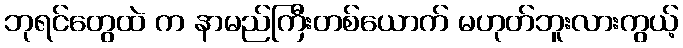
ဘုရင်တွေထဲ က နာမည်ကြီးတစ်ယောက် မဟုတ်ဘူးလားကွယ့်